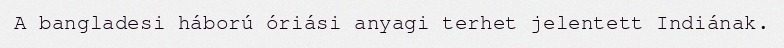
A bangladesi háború óriási anyagi terhet jelentett Indiának.